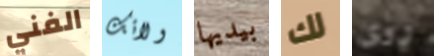
الفني ولائك بيديها لك روى